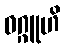
ဝဂ္ဂူဟိ